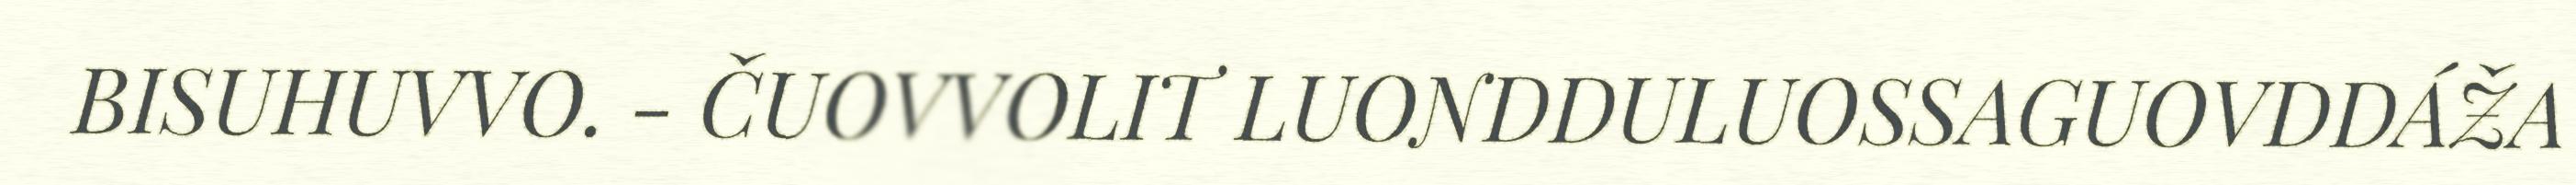
BISUHUVVO. - ČUOVVOLIT LUONDDULUOSSAGUOVDDÁŽA